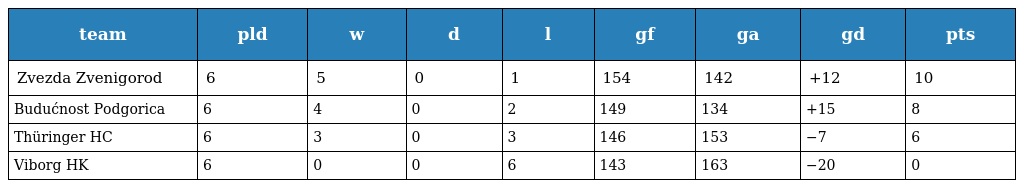
| team | pld | w | d | l | gf | ga | gd | pts |
 | --- | --- | --- | --- | --- | --- | --- | --- | --- |
 | Zvezda Zvenigorod | 6 | 5 | 0 | 1 | 154 | 142 | +12 | 10 |
 | Budućnost Podgorica | 6 | 4 | 0 | 2 | 149 | 134 | +15 | 8 |
 | Thüringer HC | 6 | 3 | 0 | 3 | 146 | 153 | −7 | 6 |
 | Viborg HK | 6 | 0 | 0 | 6 | 143 | 163 | −20 | 0 |